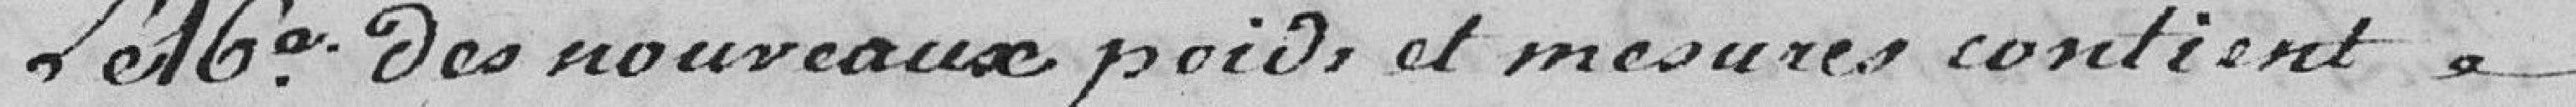
Le 16e des nouveaux poids et mesures contient